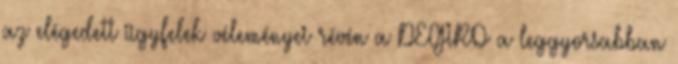
az elégedett ügyfelek véleményei révén a DEGIRO a leggyorsabban